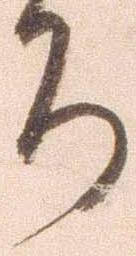
ち